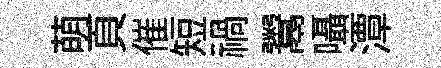
萌頁催短禍鬻囁潭